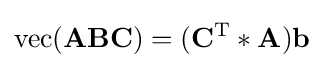
\operatorname {vec} (\mathbf {A} \mathbf {B} \mathbf {C} )=(\mathbf {C} ^{\mathrm {T} }\ast \mathbf {A} )\mathbf {b}